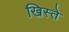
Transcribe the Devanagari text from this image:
खिस्ते